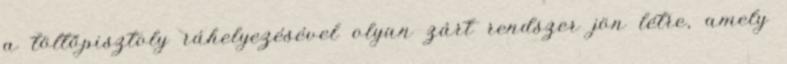
a töltőpisztoly ráhelyezésével olyan zárt rendszer jön létre, amely